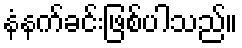
နံနက်ခင်းဖြစ်ပါသည်။